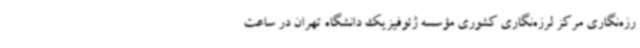
رزه‌نگاری مرکز لرزه‌نگاری کشوری مؤسسه ژئوفیزیک دانشگاه تهران در ساعت